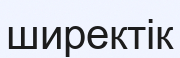
ширектік